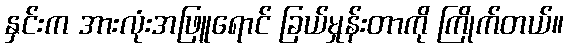
နှင်းက အားလုံးအဖြူရောင် ခြယ်မှုန်းတာကို ကြိုက်တယ်။